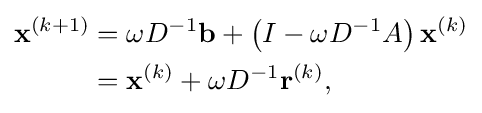
{\begin{aligned}\mathbf {x} ^{(k+1)}&=\omega D^{-1}\mathbf {b} +\left(I-\omega D^{-1}A\right)\mathbf {x} ^{(k)}\\&=\mathbf {x} ^{(k)}+\omega D^{-1}\mathbf {r} ^{(k)},\end{aligned}}